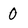
Character: 0